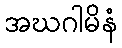
အဃဂါမိနံ